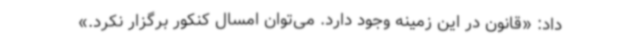
داد: «قانون در این زمینه وجود دارد. می‌توان امسال کنکور برگزار نکرد.»